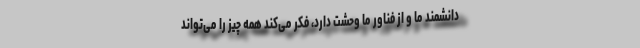
دانشمند ما و از فناور ما وحشت دارد، فکر می‌کند همه چیز را می‌تواند